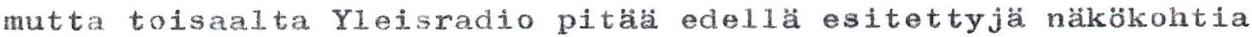
mutta toisaalta Yleisradio pitää edellä esitettyjä näkökohtia